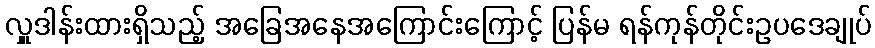
လှူဒါန်းထားရှိသည့် အခြေအနေအကြောင်းကြောင့် ပြန်မ ရန်ကုန်တိုင်းဥပဒေချုပ်